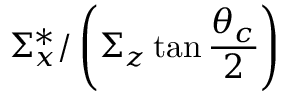
\Sigma _ { x } ^ { * } / \left( \Sigma _ { z } \tan \frac { \theta _ { c } } { 2 } \right)